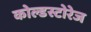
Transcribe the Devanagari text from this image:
कोल्डस्टोरेज